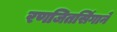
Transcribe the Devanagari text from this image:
रणजितसिंगाने